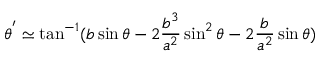
\theta ^ { ' } \simeq \tan ^ { - 1 } ( b \sin \theta - 2 \frac { b ^ { 3 } } { a ^ { 2 } } \sin ^ { 2 } \theta - 2 \frac { b } { a ^ { 2 } } \sin \theta )